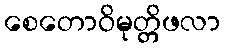
စေတောဝိမုတ္တိဖလာ